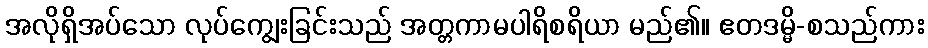
အလိုရှိအပ်သော လုပ်ကျွေးခြင်းသည် အတ္တကာမပါရိစရိယာ မည်၏။ ဧတဒမ္မိ-စသည်ကား